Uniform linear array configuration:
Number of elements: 4
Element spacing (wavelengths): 1
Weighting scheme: cosine
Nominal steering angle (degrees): -45
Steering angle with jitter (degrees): -45.045
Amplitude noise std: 0.05
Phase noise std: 0.05

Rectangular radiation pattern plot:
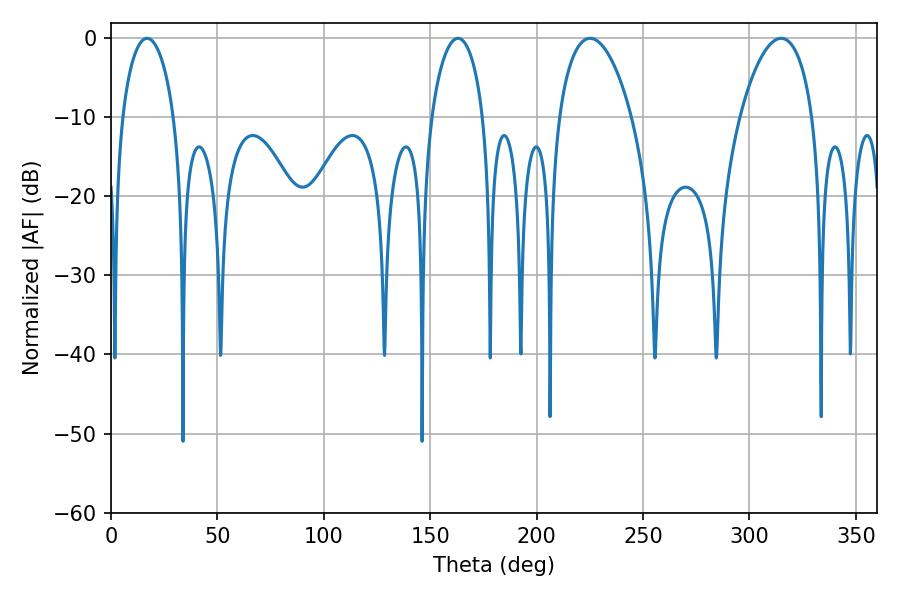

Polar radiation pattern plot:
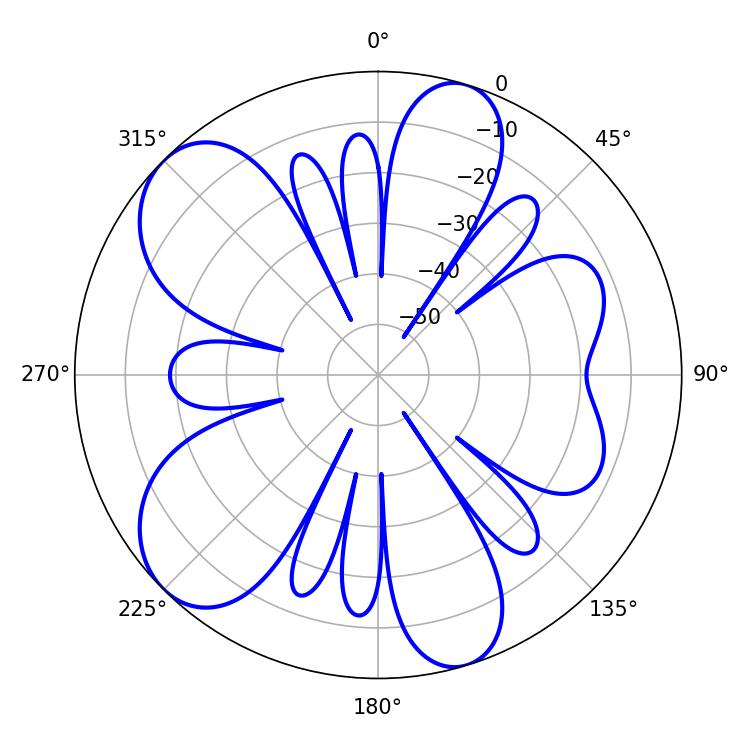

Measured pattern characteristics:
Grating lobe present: TRUE
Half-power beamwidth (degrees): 14.04
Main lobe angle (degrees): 16.92